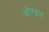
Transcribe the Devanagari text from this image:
ओण्डल